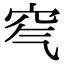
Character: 𥤶